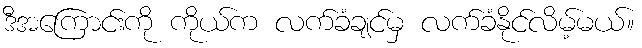
ဒီအကြောင်းကို ကိုယ်က လက်ခံချင်မှ လက်ခံနိုင်လိမ့်မယ်။